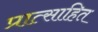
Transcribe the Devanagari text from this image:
प्रात्साहित